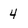
Character: 4